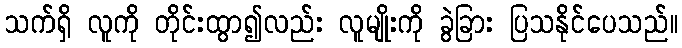
သက်ရှိ လူကို တိုင်းထွာ၍လည်း လူမျိုးကို ခွဲခြား ပြသနိုင်ပေသည်။